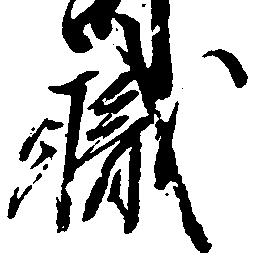
職